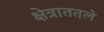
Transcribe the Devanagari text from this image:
क्षेत्राततले